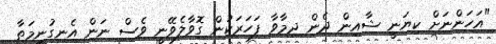
"އަހަންނަށް ކިޔަނީ ޝާއިން ދެން ދިމާވާ ފަހަރަކުން ގޮވާލެވޭނީ ވެސް ނަން އެނގުނީމަތާ